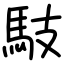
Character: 馶